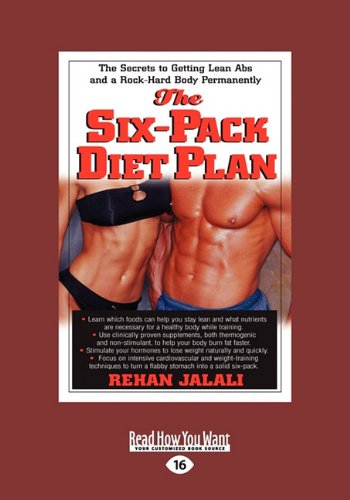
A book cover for The Six-Pack Diet Plan: The Secrets to Getting Lean ABS and a Rock-Hard Body Permanently (Large Print 16pt); Rehan Jalali; Health, Fitness & Dieting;